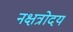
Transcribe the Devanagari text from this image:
नक्षत्रोदय